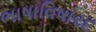
ભાષાવિષારદ